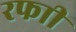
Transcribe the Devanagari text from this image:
रफाी